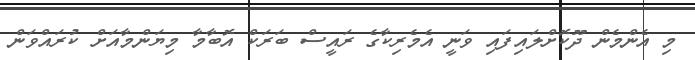
މި އެންމެން ދޫކޮށްލައިފައި ވަނީ އެމެރިކާގެ ރައީސް ބަރަކް އޮބާމާ މިޔަންމާއަށް ކުރައްވަން